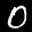
Label: 0